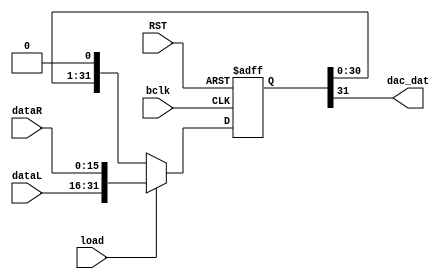
module dataout(input bclk,input RST,input signed [15:0] dataL,input signed [15:0] dataR,input load,output dac_dat);
reg [31:0] data;

always @(posedge RST , negedge bclk) begin
	if(RST)
		data <= 32'd0;
	else if(load)
		data <= {dataL,dataR};
	else
		data <= {data[30:0],1'b0};
end

assign dac_dat = data[31];

endmodule